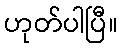
ဟုတ်ပါပြီ။